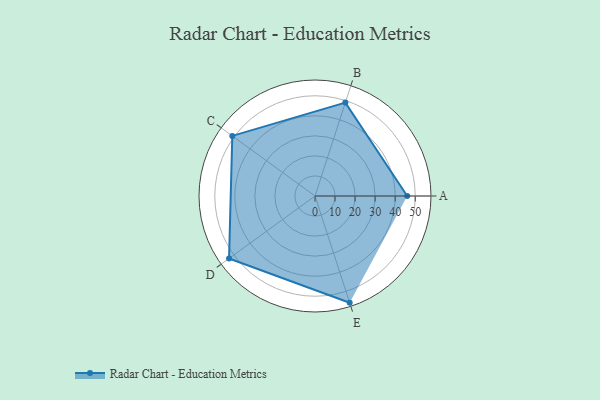
{"axis": {"x": "Skill", "y": "Score"}, "legend": ["Profile"], "data": [{"x": "A", "y": 46.0, "type": "Profile"}, {"x": "B", "y": 49.0, "type": "Profile"}, {"x": "C", "y": 51.0, "type": "Profile"}, {"x": "D", "y": 53.0, "type": "Profile"}, {"x": "E", "y": 56.0, "type": "Profile"}]}